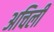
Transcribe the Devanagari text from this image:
अचिली